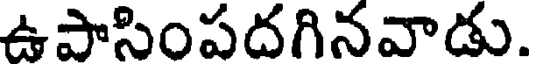
ఉపాసింపదగినవాడు.